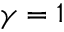
\gamma = 1